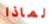
لماذا